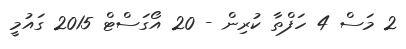
2 މަސް 4 ހަފްތާ ކުރިން - 20 އޯގަސްޓް 2015 ގައުމީ